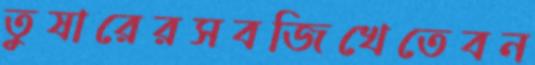
তুষারেরসবজিখেতেবন